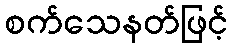
စက်သေနတ်ဖြင့်